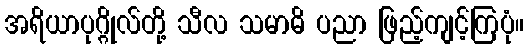
အရိယာပုဂ္ဂိုလ်တို့ သီလ သမာဓိ ပညာ ဖြည့်ကျင့်ကြပုံ။